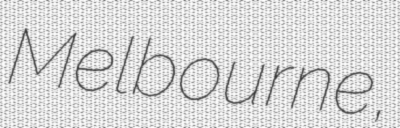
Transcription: Melbourne,